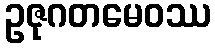
ဥဇုဂတမေဝဿ